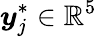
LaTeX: \boldsymbol{y}_{j}^{*}\in\mathbb{R}^{5}